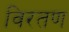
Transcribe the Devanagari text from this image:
विरतण